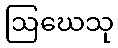
ဩဃေသု